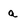
Character: a